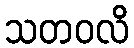
သတဝလိ